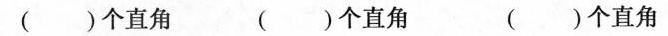
( )个直角 ( )个直角 ( )个直角